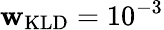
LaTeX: \mathbf{w}_{\mathrm{{KLD}}}=10^{-3}